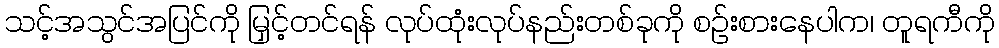
သင့်အသွင်အပြင်ကို မြှင့်တင်ရန် လုပ်ထုံးလုပ်နည်းတစ်ခုကို စဉ်းစားနေပါက၊ တူရကီကို